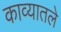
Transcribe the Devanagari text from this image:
काव्यातले